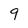
Character: 9